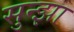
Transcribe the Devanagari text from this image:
सुन्झा